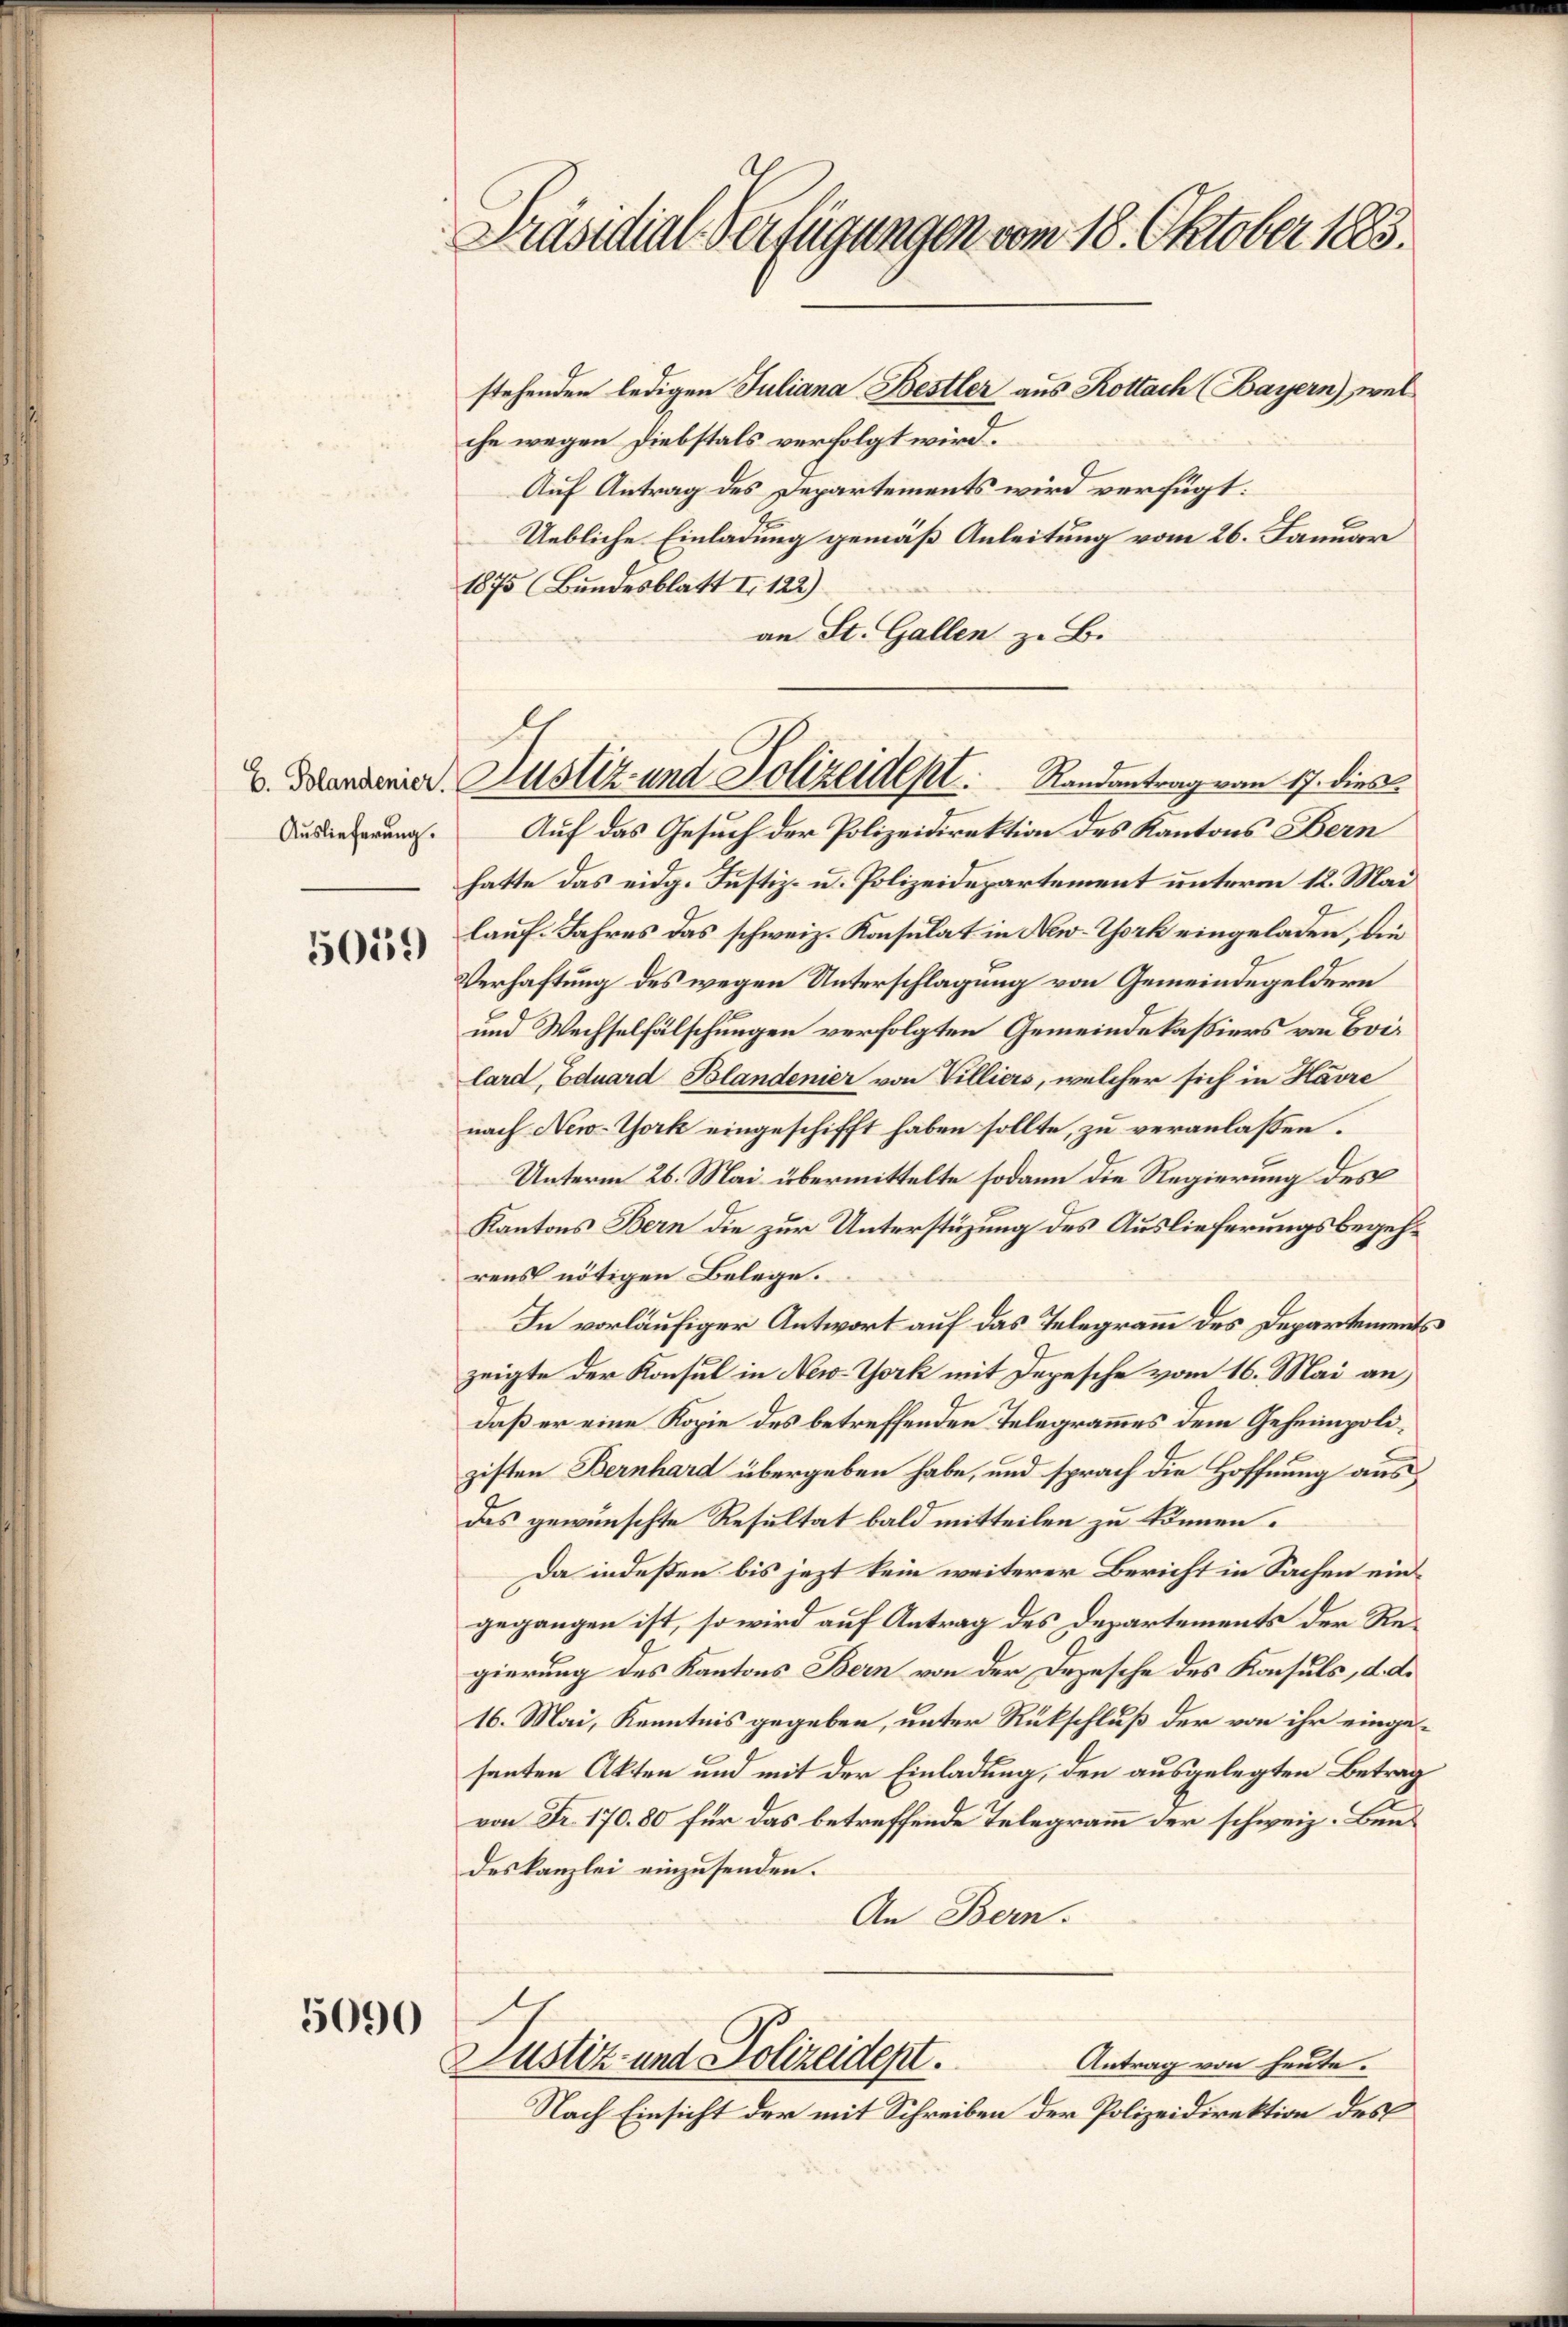
Auslieferung.

5019)

5090

Präsidial-Verfügungen vom 18. Oktober 1883.

stehenden ledigen Juliana Bestler aus Rottach (Bayern), wel
che wegen Diebstals verfolgt wird.
Auf Antrag des Departements wird verfügt:
Uebliche Einladung gemäß Anleitung vom 26. Januar
1875 (Bundesblatt I 122)
an St. Gallen z. B.
Auf das Gesuch der Polizeidirektion des Kantons Bern
hatte das eidg. Justiz- u. Polizeidepartement unterm 12. Mai
lauf. Jahres das schweiz. Konsulat in New-York eingeladen, die
Verhaftung des wegen Unterschlagung von Gemeindegeldern
und Wechselfälschungen verfolgten Gemeindekassiers von Brilard, Eduard Blandenier von Villiers, welcher sich in Havre
nach New-York eingeschifft haben sollte, zu veranlassen.
Unterm 26. Mai übermittelte sodann die Regierung des
Kantons Bern die zur Unterstüzung des Auslieferungsbegehrens nötigen Belege.
In vorläufiger Antwort auf das Telegramm des Departements
zeigte der Konsul in New-York mit Depesche vom 16. Mai an,
daß er eine Kopie des betreffenden Telegrammes dem Geheimpolizisten Bernhard übergeben habe, und sprach die Hoffnung aus
das gewünschte Resultat bald mitteilen zu können.
Da indeßen bis jezt kein weiterer Bericht in Sachen eingegangen ist, so wird auf Antrag des Departements der Regierung des Kantons Bern von der Depesche des Konsuls, d. d.
16. Mai, Kenntnis gegeben, unter Rückschluß der von ihr eingesanten Akten und mit der Einladung, den ausgelegten Betrag
von Fr. 170. 80 für das betreffende Telegramm der schweiz. Bendeskanzlei einzusenden.
An Bern.
e
Justiz- und Polizeidept.
Antrag von heute.
Nach Einsicht der mit Schreiben der Polizeidirektion des

v. Standeria Justiz und Polizeidept.       Randantrag vom 17. dies